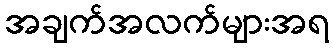
အချက်အလက်များအရ